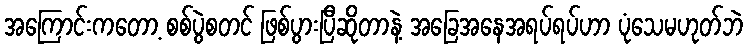
အကြောင်းကတော့ စစ်ပွဲစတင် ဖြစ်ပွားပြီဆိုတာနဲ့ အခြေအနေအရပ်ရပ်ဟာ ပုံသေမဟုတ်ဘဲ